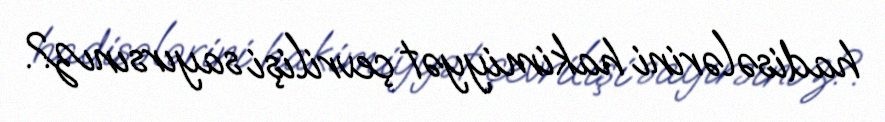
hadisələrini hakimiyyət çevrilişi sayırsınız?.